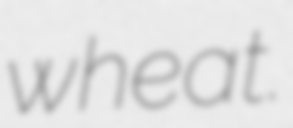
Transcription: wheat.